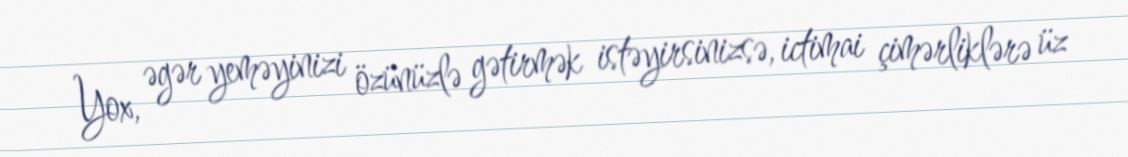
Yox, əgər yeməyinizi özünüzlə gətirmək istəyirsinizsə, ictimai çimərliklərə üz